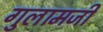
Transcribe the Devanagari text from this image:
गुलामजी